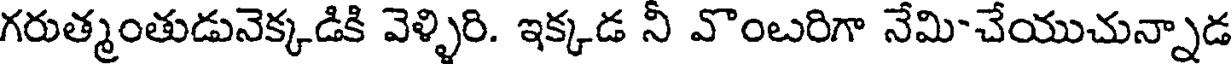
గరుత్మంతుడునెక్కడికి వెళ్ళిరి. ఇక్కడ నీ వొంబరిగా నేమి-చేయుచున్నాడ